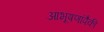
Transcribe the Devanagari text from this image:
आभूषणांपैकी